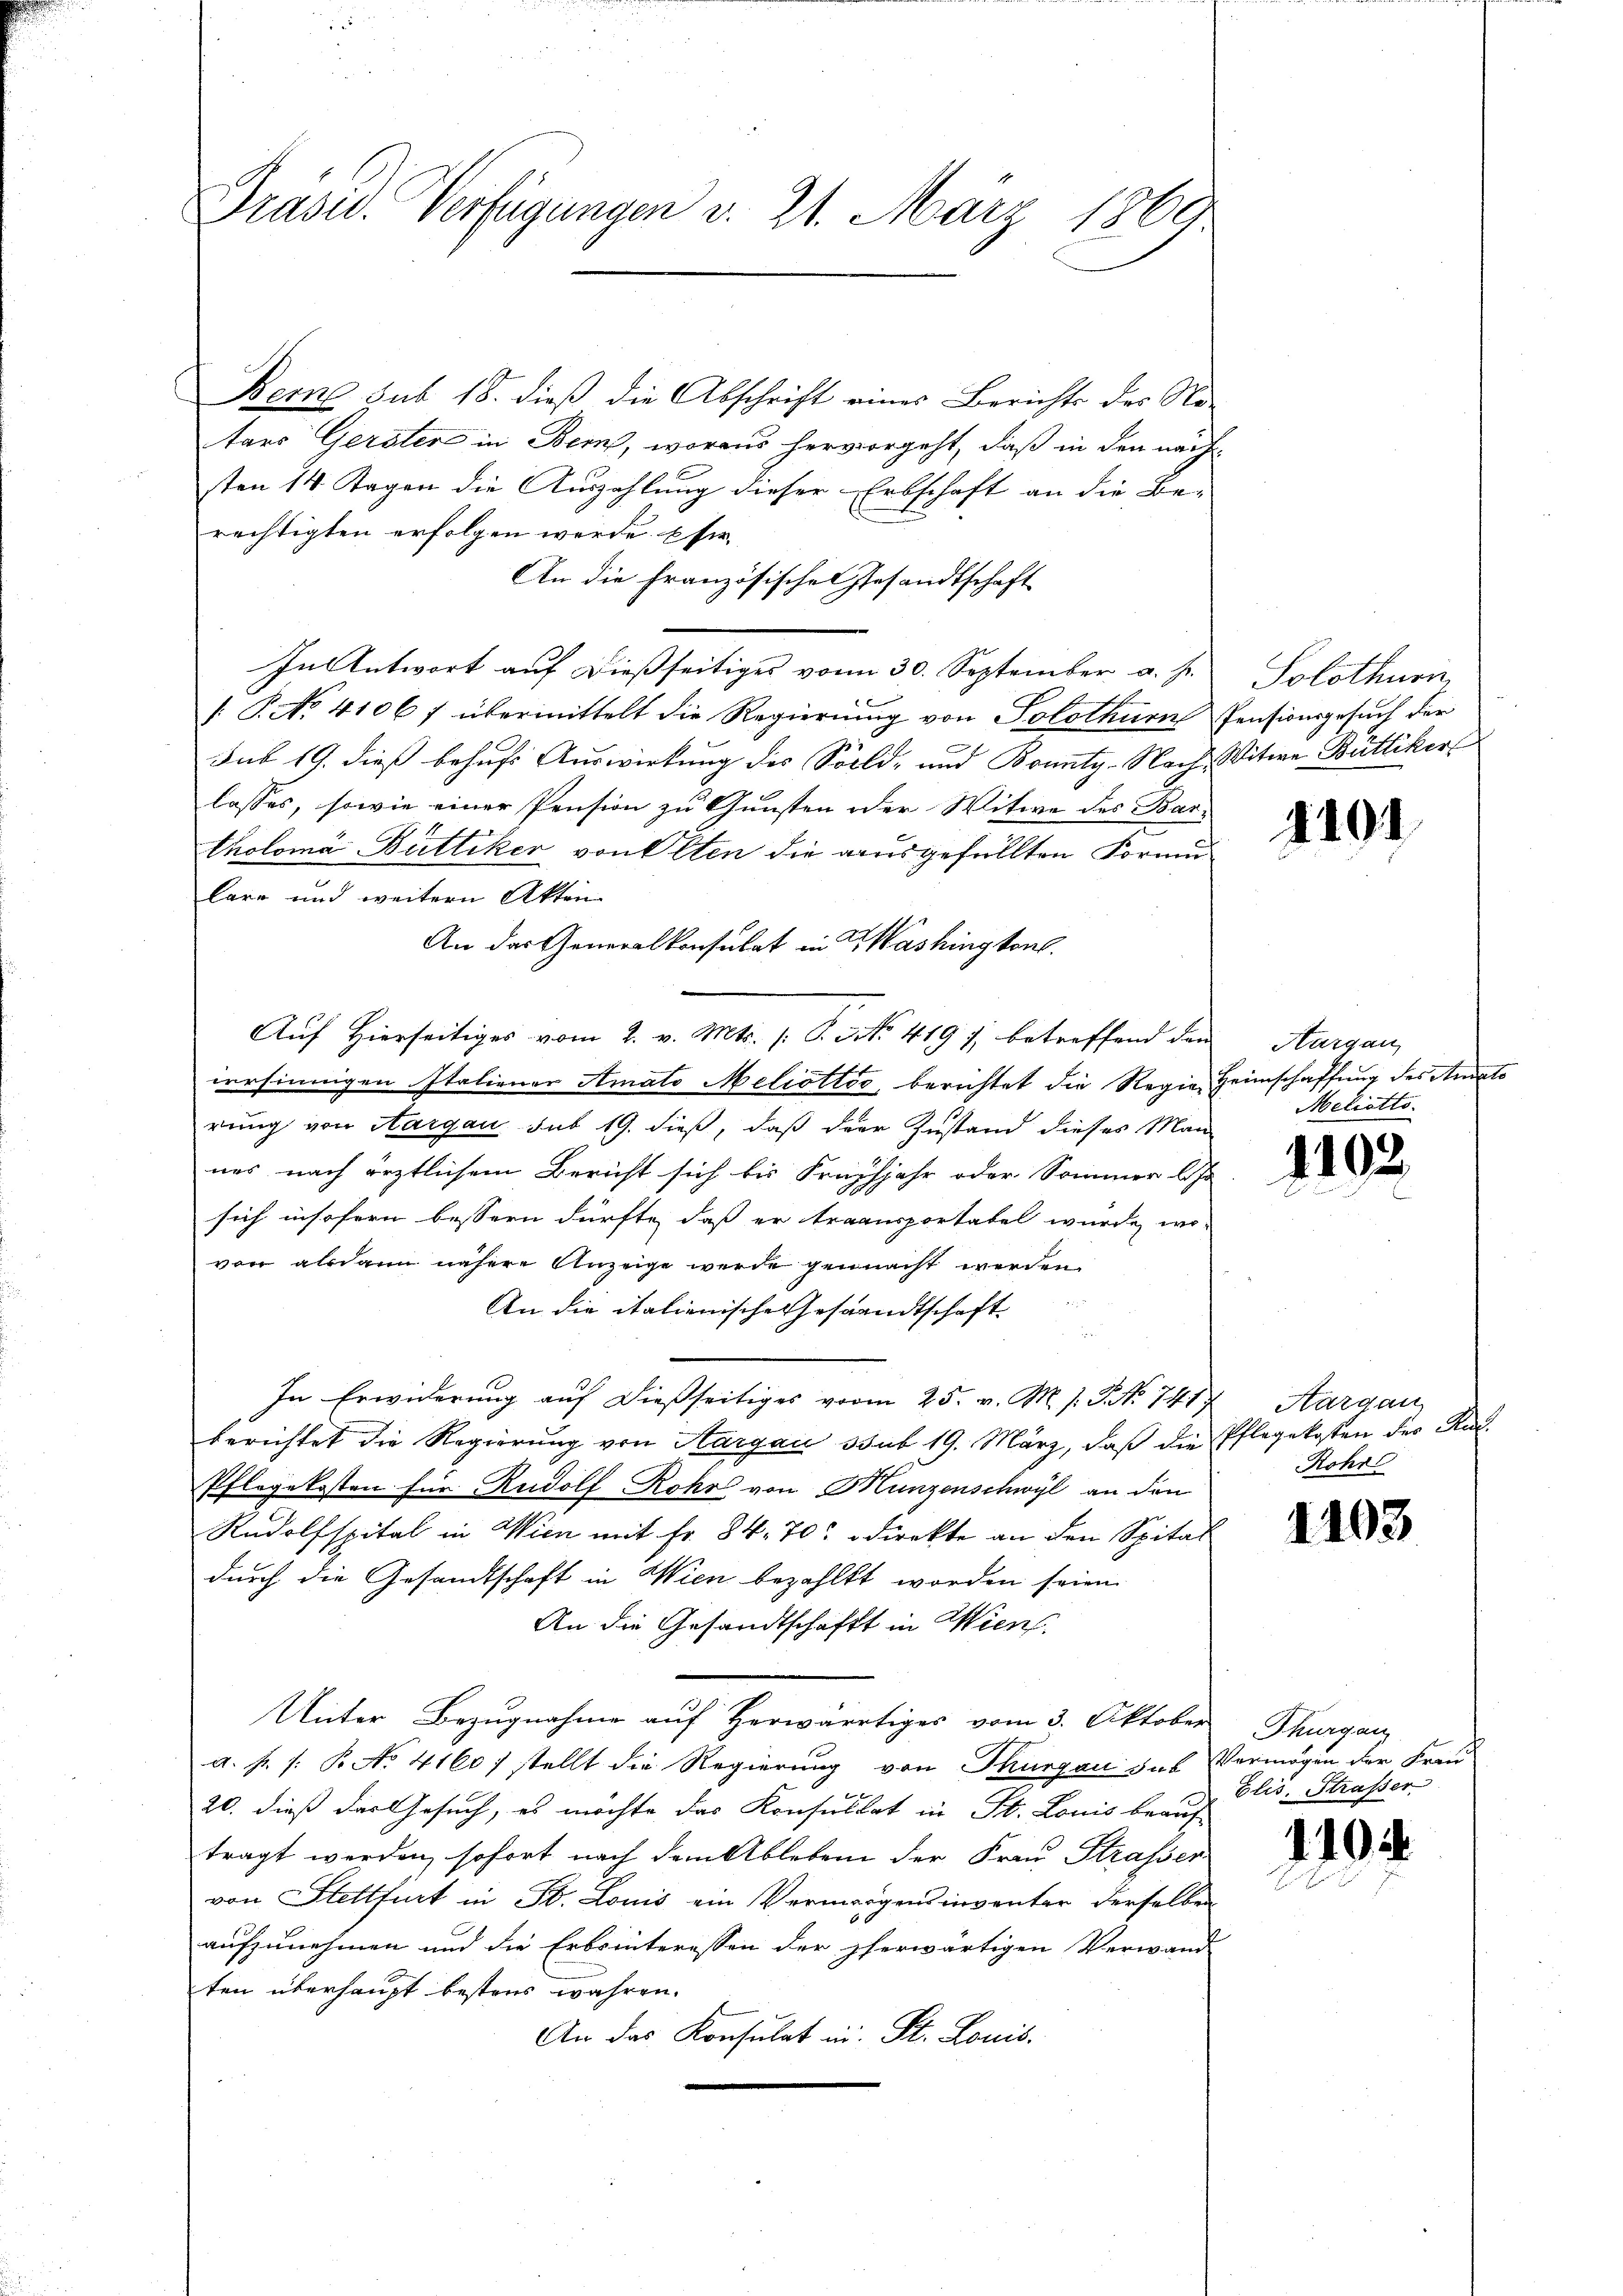
Präsid. Verfügungen d. 21. März 1869

Berne sub 18. dieß die Abschrift eines Berichts des Na-
tars Gerster in Bern, woraus hervorgeht, daß in den nächsten 14 Tagen die Auszahlung dieser Erbschaft an die Be-
rechtigten erfolgen werde. Es
An die Französische Gesandtschaft
In Antwort auf dießseitiges vom 30. September a. s.
1. P. No. 41067 übermittelt die Regierung von Solothurn Pensionsgesuch der
sub 19. dieß behufs Auswirkung des Sold- und Bounty-Nach Witwe Büttiker
lasses, sowie einer Pension zu Gunsten oder Witwe des Bartholoma Büttiker von Alten die ausgefüllten Formulare und weitern Akten
An der Generalkonsulat in Washington.
Auf Hierseitiges vom 2. v. Mts. /: P. No. 419 f. betreffend den
versinnigen Italiener Amato Meliottio, berichtet die Regie-Heimschaffung des Andate
rung von Aargau sub 19. dieß, daß der Zustand dieses Man-
nes nach ärztlichem Bericht sich bis Frühjahr oder Sommer la
sich insofern bessern dürfte, daß er transportabel wurde, wo-
von alsdann nähere Anzeige werde gemacht werden.
An die italienische Gesandtschaft
In Erwiderung auf dießseitiges vom 25. v. M. s. No 741 Aargau,
berichtet die Regierung von Aargau sub 19. März, daß die Pflegekosten des Rud¬
Pflegekosten für Rudolf Rohr von Münzenschwyl an den
Rudolfspital in Wien mit Fr. 84. 70 direkte an den Spital
durch die Gesandtschaft in Wien bezahlt worden seien.
An die Gesandtschaft in Wien.
Unter Bezugnahme auf Herwärtiges vom 3. Oktober Thurgau
a. f. (: P. No. 41607 stellt die Regierung von Thurgau sub Vermögen der Frau
20. dieß das Gesuch, es möchte das Konsulat in St. Louis beauf
tragt werden, sofort nach dem Ableben der Frau Strasser
von Stettfurt in Fr. Louis ein Vermögensinventer derselben
aufzunehmen und die Erbsinteressen der herwärtigen Verwand
ten überhaupt bestens wahren.
An das Konsulat in St. Louis.

Solothurn

1101

Aargau,
Meliatto.

1102.

Rohr

1103

blis, Strasser

110.